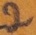
Text: 2